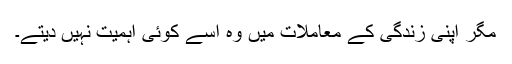
مگر اپنی زندگی کے معاملات میں وہ اسے کوئی اہمیت نہیں دیتے۔